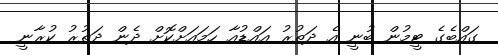
ގައްބެގެ ޓީމުން ބުނީ އެ ދަތުރު އައްޑުއާ ހަމައަށްކޮށް ދެން ދަތުރު ކުރާނީ